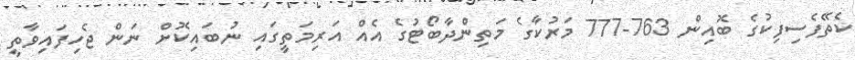
ކެތޭފެސިފިކުގެ ބޮއިން 763-777 މަރުކާގެ މަތިންދާބޯޓުގެ އެއް އަރިމަތީގައި ނުބައިކޮށް ނަން ޖެހިފައިވާތީ